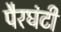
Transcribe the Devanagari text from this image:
पैरघंटी